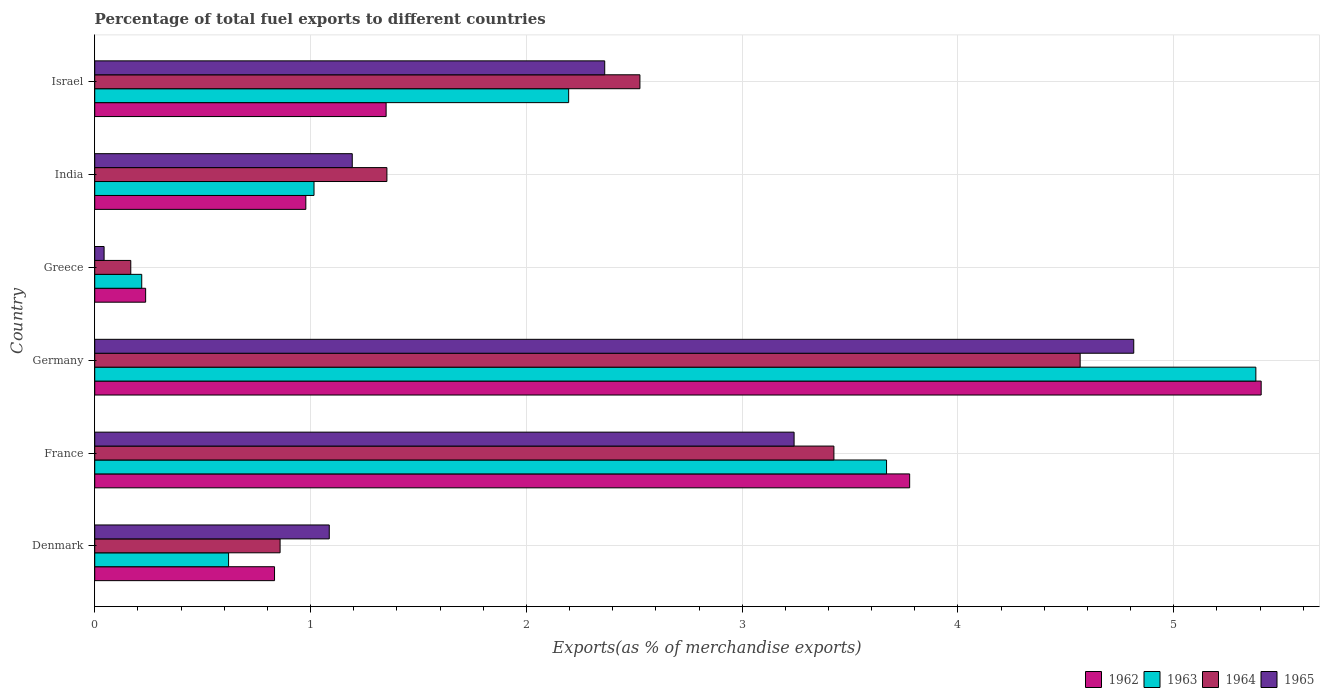
| Country | 1962 | 1963 | 1964 | 1965 |
 | --- | --- | --- | --- | --- |
 | Denmark | 0.833 | 0.62 | 0.859 | 1.09 |
 | France | 3.78 | 3.67 | 3.43 | 3.24 |
 | Germany | 5.4 | 5.38 | 4.57 | 4.81 |
 | Greece | 0.236 | 0.218 | 0.167 | 0.0434 |
 | India | 0.978 | 1.02 | 1.35 | 1.19 |
 | Israel | 1.35 | 2.2 | 2.53 | 2.36 |